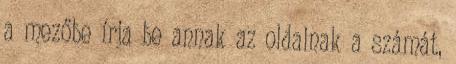
a mezőbe írja be annak az oldalnak a számát,